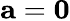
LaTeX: \mathbf{a}=\mathbf{0}